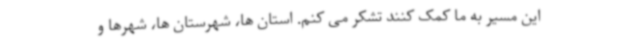
این مسیر به ما کمک کنند تشکر می کنم. استان ها، شهرستان ها، شهرها و